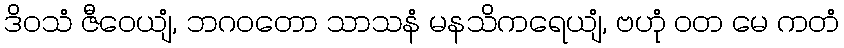
ဒိဝသံ ဇီဝေယျံ, ဘဂဝတော သာသနံ မနသိကရေယျံ, ဗဟုံ ဝတ မေ ကတံ